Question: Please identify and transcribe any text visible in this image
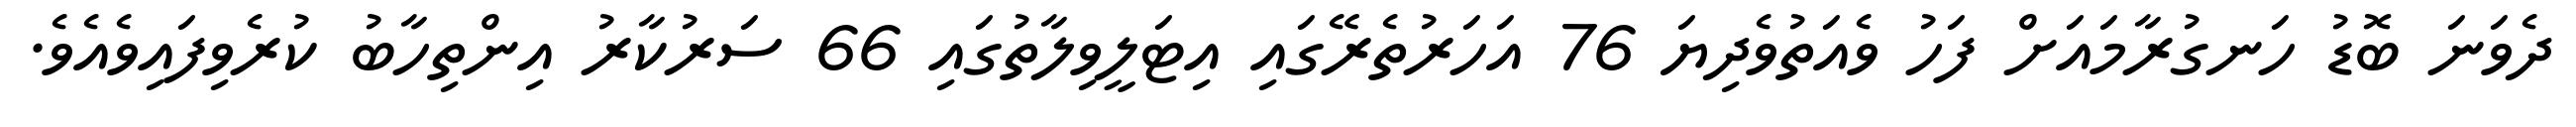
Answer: ދެވަނަ ބޮޑު ހަނގުރާމައަށް ފަހު ވެއަތުވެދިޔަ 76 އަހަރުތެރޭގައި އިޓަލީވިލާތުގައި 66 ސަރުކާރު އިންތިހާބު ކުރެވިފައިވެއެވެ.